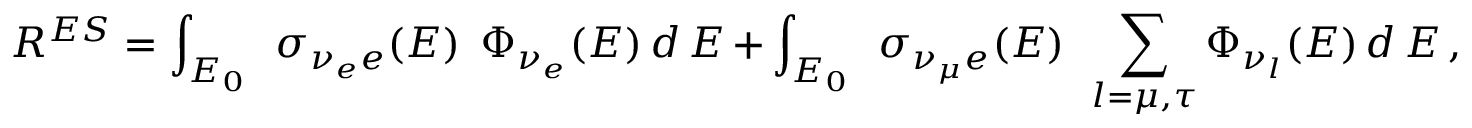
R ^ { E S } = \int _ { E _ { 0 } } \, ~ \sigma _ { \nu _ { e } e } ( E ) \, ~ \Phi _ { \nu _ { e } } ( E ) \, d \, E + \int _ { E _ { 0 } } \, ~ \sigma _ { \nu _ { \mu } e } ( E ) \, ~ \sum _ { l = \mu , \tau } \Phi _ { \nu _ { l } } ( E ) \, d \, E \, ,